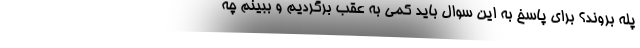
پله بروند؟ برای پاسخ به این سوال باید کمی به عقب برگردیم و ببینم چه